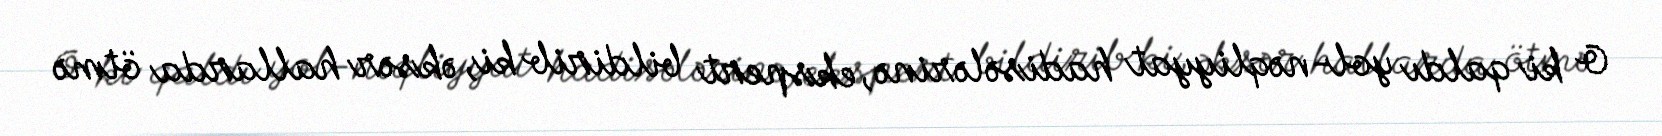
O ki qaldı yol-nəqliyyat hadisələrinə, ekspert bildirib ki, əksər hallarda ötmə